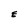
Character: E